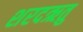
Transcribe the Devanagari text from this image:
शरदऋतु